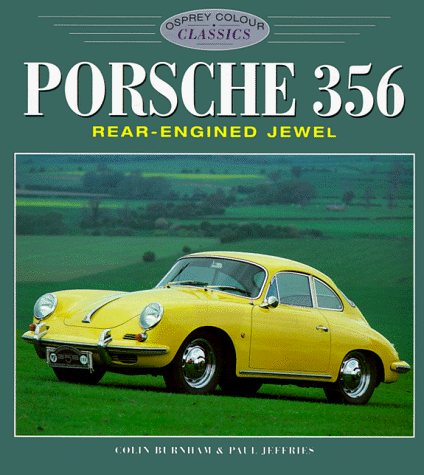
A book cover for Porsche 356 (Osprey Colour Classics); Colin Burnham; Engineering & Transportation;